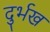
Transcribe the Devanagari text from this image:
दुर्भख